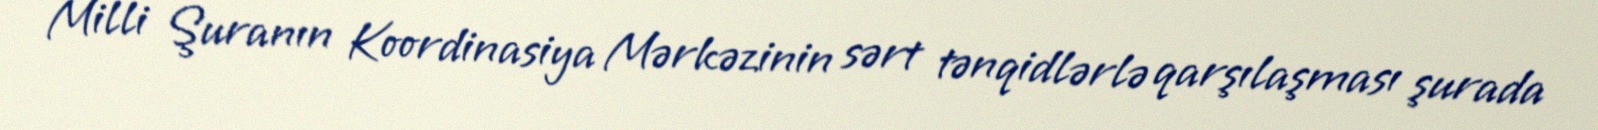
Milli Şuranın Koordinasiya Mərkəzinin sərt tənqidlərlə qarşılaşması şurada